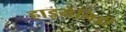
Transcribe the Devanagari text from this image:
हाइयेनिडी